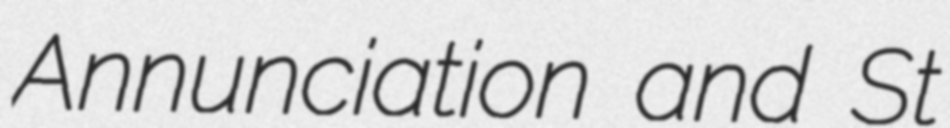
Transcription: Annunciation and St